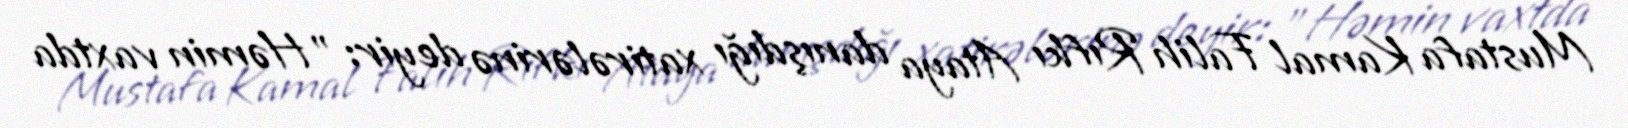
Mustafa Kamal Falih Rıfkı Ataya danışdığı xatirələrinə deyir: "Həmin vaxtda